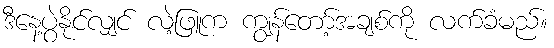
ဒီနေ့ပွဲနိုင်လျှင် လဲ့ဖြူက ကျွန်တော့်အချစ်ကို လက်ခံမည်။